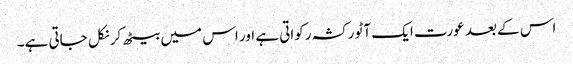
اس کے بعد عورت ایک آٹو رکشہ رکواتی ہے اور اس میں بیٹھ کر نکل جاتی ہے۔